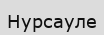
Нурсауле